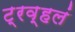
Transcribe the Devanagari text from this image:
ट्रव्हलं